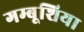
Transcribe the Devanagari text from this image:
गम्बूशिया